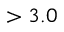
> 3 . 0